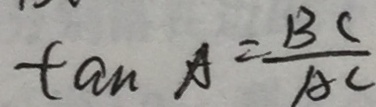
\tan A = \frac { B C } { A C }